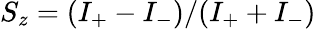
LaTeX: S_{z}=(I_{+}-I_{-})/(I_{+}+I_{-})